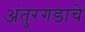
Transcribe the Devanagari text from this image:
अंतुरगडाचे